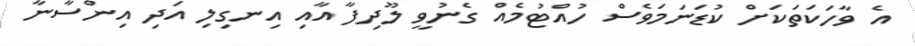
އެ ވާހަކަތަކަށް ކުޑަނަމަވެސް ހުއްޓުމެއް ގެނުވީ ލޫދިފާ އާއި އިނގިލި އަދި އިންސާނާ